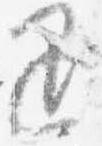
退